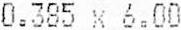
0.385 X 6.00